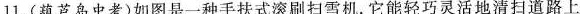
11.(葫芦岛中考)如图是一种手扶式滚刷扫雪机。它能轻巧灵活地清扫道路上